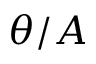
\theta / A